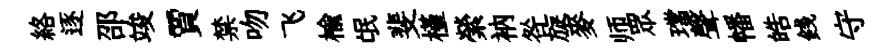
絡逐邵竣賈禁吻飞榆氓斐槿縈衲咎旋麥师眾璫聲幡皓銭守